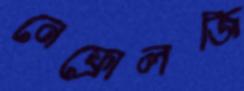
নেফ্রোলজি